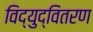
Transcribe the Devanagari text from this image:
विद्युद्वितरण